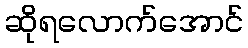
ဆိုရလောက်အောင်